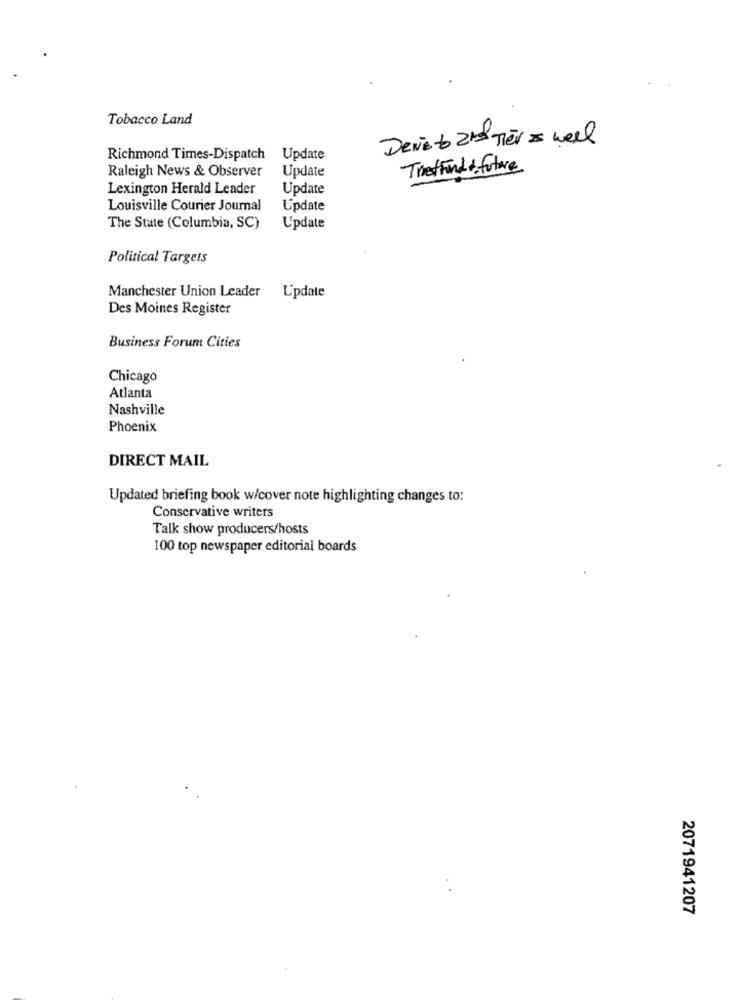
Tobacco Land
Deve to 2nd Tier & well
Richmond Times-Dispatch
Update
Raleigh News & Observer
Update
Treffund & future
Lexington Herald Leader
Update
Louisville Courier Journal
Update
The State (Columbia, SC)
Update
Political Targets
Manchester Union Leader Update
Des Moines Register
Business Forum Cities
Chicago
Atlanta
Nashville
Phoenix
DIRECT MAIL
Updated briefing book w/cover note highlighting changes to:
Conservative writers
Talk show producers/hosts
100 top newspaper editorial boards
2071941207